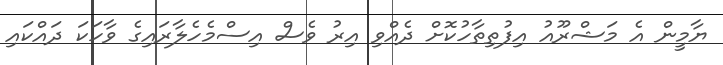
ޔާމީން އެ މަޝްރޫއު އިފުތިތާހުކޮށް ދެއްވި އިރު ވެސް އިސްމެހެލާރައިގެ ވާހަކަ ދައްކައި